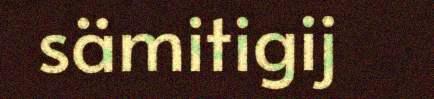
sämitigij